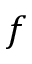
f